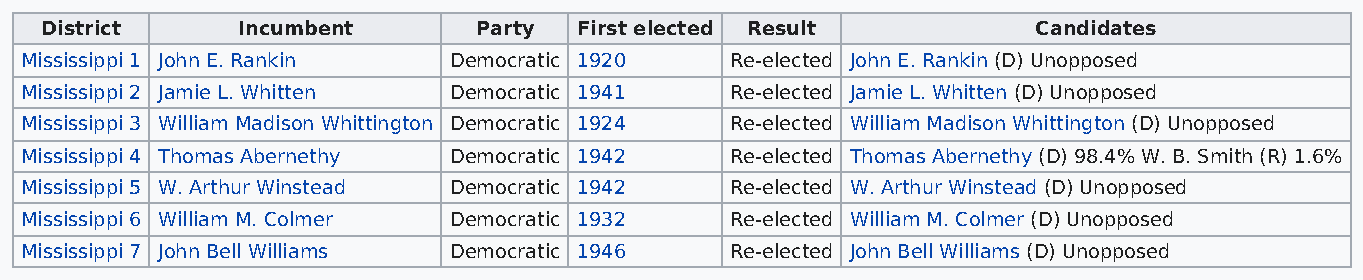
District     Incumbent       Party First elected Result           Candidates
 Mississippi 1 John E. Rankin Democratic 1920   Re-elected John E. Rankin (D) Unopposed
 Mississippi 2 Jamie L. Whitten Democratic 1941 Re-elected Jamie L. Whitten (D) Unopposed
 Mississippi 3 William Madison Whittington Democratic 1924 Re-elected William Madison Whittington (D) Unopposed
 Mississippi 4 Thomas Abernethy Democratic 1942 Re-elected Thomas Abernethy (D) 98.4% W. B. Smith (R) 1.6%
 Mississippi 5 W. Arthur Winstead Democratic 1942 Re-elected W. Arthur Winstead (D) Unopposed
 Mississippi 6 William M. Colmer Democratic 1932 Re-elected William M. Colmer (D) Unopposed
 Mississippi 7 John Bell Williams Democratic 1946 Re-elected John Bell Williams (D) Unopposed